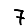
Digit: 7